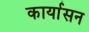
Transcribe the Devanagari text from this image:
कार्यासन